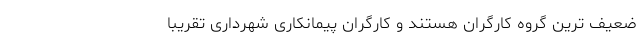
ضعیف ترینِ گروه کارگران هستند و کارگرانِ پیمانکاریِ شهرداری تقریبا